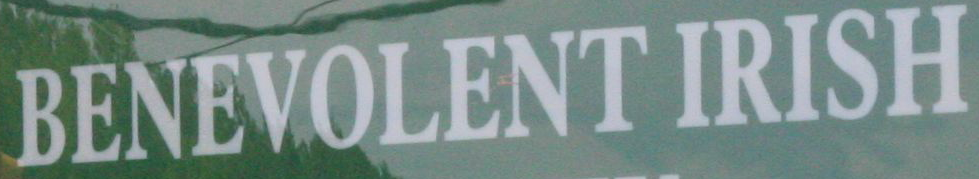
BENEVOLENT IRISH